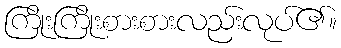
ကြိုးကြိုးစားစားလည်းလုပ်၏။